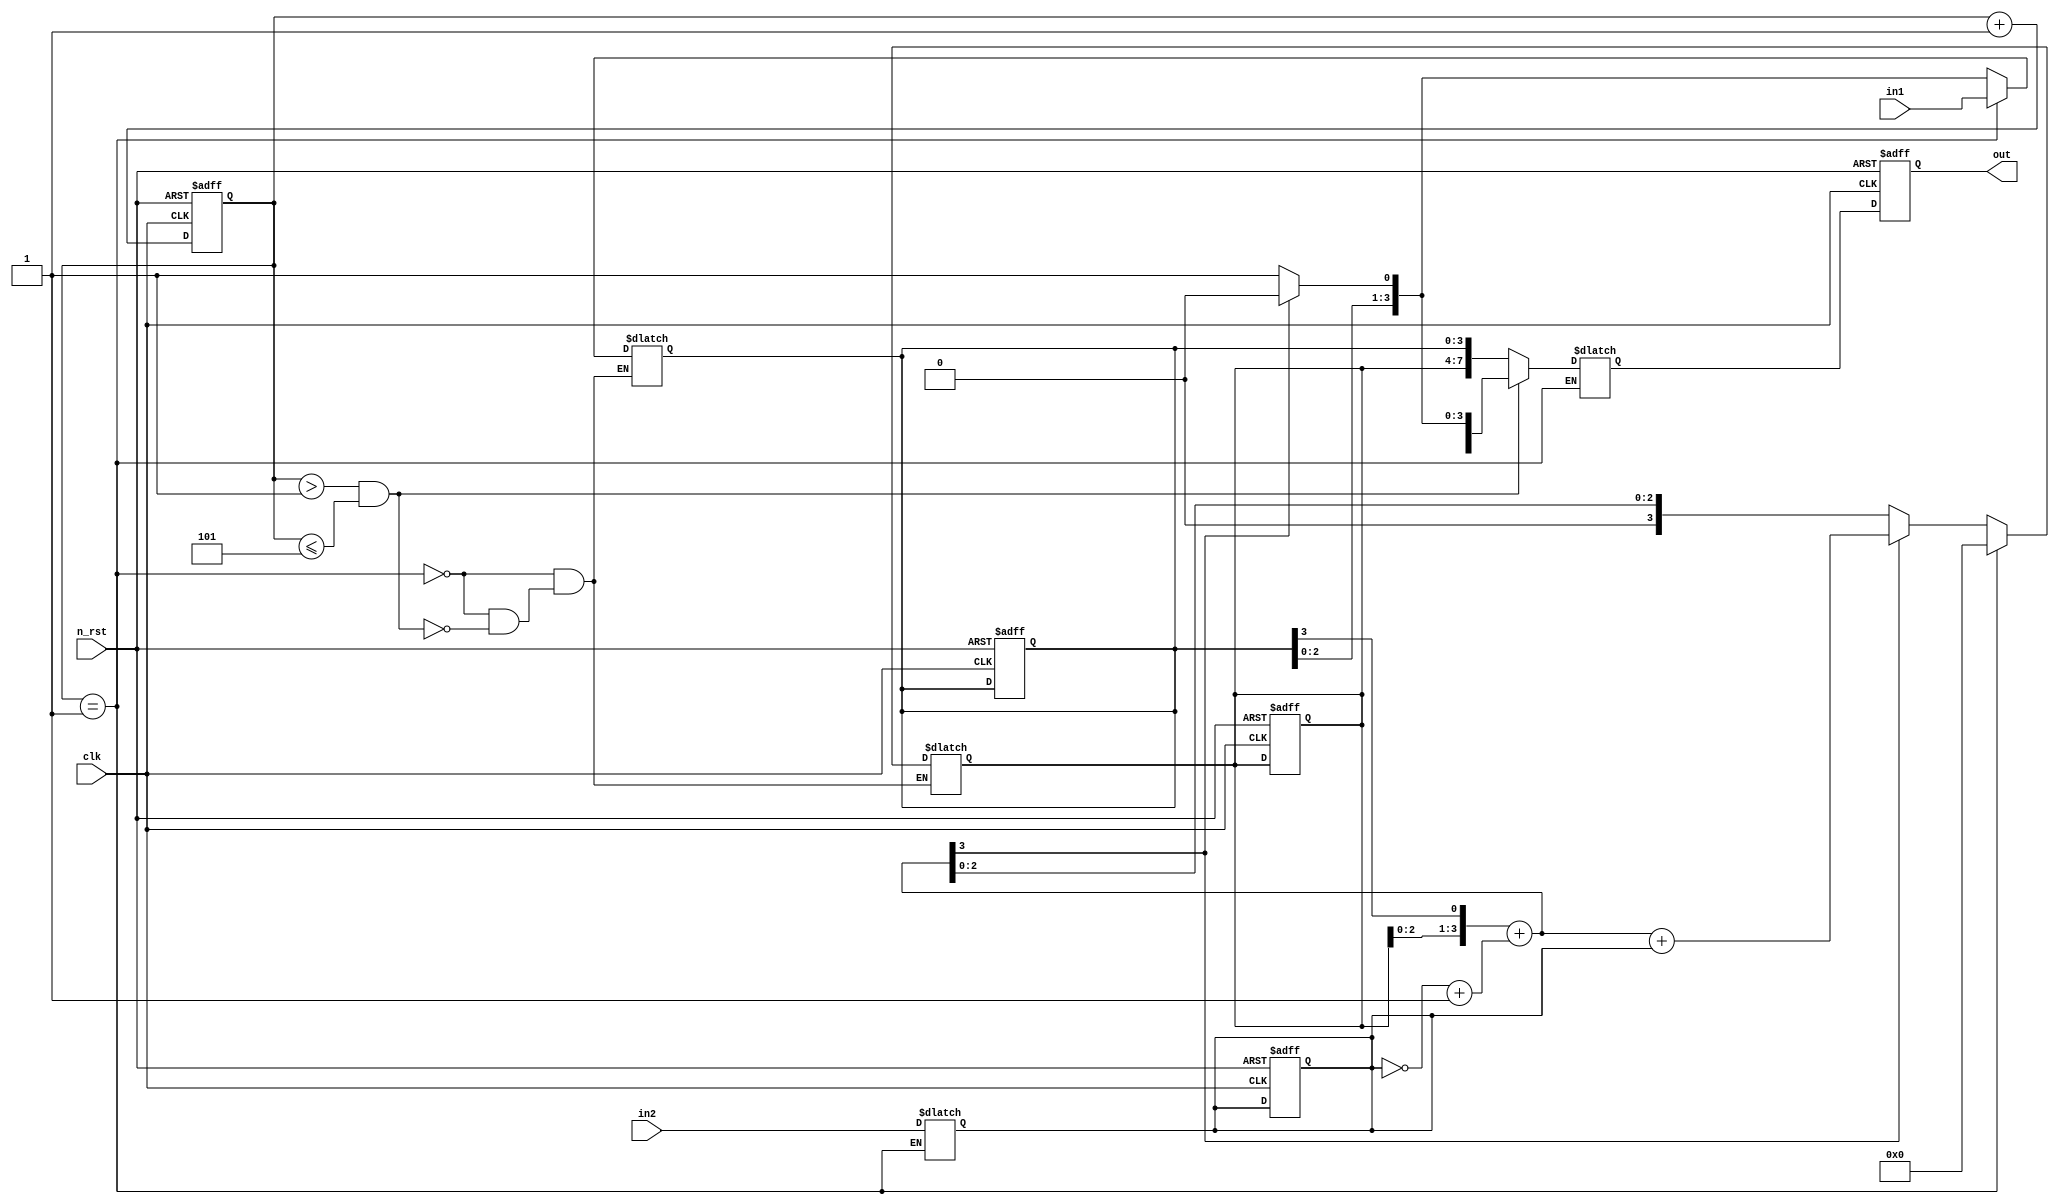
module booth_algorithm_dv(
    input clk,
    input n_rst,

    input [3:0] in1,
    input [3:0] in2,
    
    output reg [7:0] out
);

reg [3:0] count;
reg [3:0] A;
reg [3:0] Q;
reg [3:0] M;

reg [7:0] ret;  // result

always @(posedge clk or negedge n_rst) begin
    if (!n_rst) begin
        out     <=      8'b0;
        A       <=      4'b0;
        Q       <=      4'b0;
        M       <=      4'b0;
    end

    else begin  // n_rst == 1
        out     <=      ret;
    end
end


always @(posedge clk or negedge n_rst) begin
    if (!n_rst) begin
        count <= 4'b0;
    end 

    else begin // n_rst == 1
        count <= count + 4'b0001;
    end
end

always @(*) begin
    if (count == 4'b0001) begin
        A = 4'b0;
        Q = in1;
        M = in2;
    end

    else if ((count > 4'b0001) && (count <= 4'b0101)) begin
        {A, Q} = {A , Q} << 1;
        A = A + (~M + 4'b0001);

        // 5'b10000, 5'b100001, 5'b10010, 5'b10011, 5'b10100, 5'b10101, 5'b10110, 5'b10111, 5'b11000, ...
    
        // if ((A > 5'b11111) && (A < 4'b0000)) begin  // -15 < A < 0
        if (A[3] == 1'b1) begin
            Q[0] = 1'b0;
            A = A + M;
        end

        else begin 
            Q[0] = 1'b1;
        end

        ret = {A, Q};
    end
    
    else begin
        ret = {A, Q};
    end
end


endmodule




/*
module booth_algorithm_dv(
    input clk,
    input n_rst,

    input [3:0] in1,
    input [3:0] in2,
    
    output reg [7:0] out
);

reg [3:0] count;
reg [3:0] A;
reg [3:0] Q;
reg [3:0] M;


always @(posedge clk or negedge n_rst) begin
    if (!n_rst) begin
        out     <=      8'b0;
        A       <=      4'b0;
        Q       <=      4'b0;
        M       <=      4'b0;
    end

    else begin  // n_rst == 1
        out     <=      {A, Q};
    end
end

always @(posedge clk or negedge n_rst) begin
    if (!n_rst) begin
        count <= 4'b0;
    end 

    else begin // n_rst == 1
        count <= count + 4'b0001;
    end
end

always @(*) begin
    if (count == 4'b0001) begin
        A = 4'b0;
        Q = in1;
        M = in2;
    end

    else if ((count > 4'b0001) && (count <= 4'b0101)) begin
        {A, Q} = {A, Q} << 1;
        A = A + (~M + 4'b0001);
        
        
        if ((A == 4'b1111) || (A == 4'b1110) || (A == 4'b1100) || (A == 4'b1000)) begin
            Q[0] = 1'b0;
            A = A + M;
        end
        
        else begin // A == 0 or A > 0 
            Q[0] = 1'b1;
        end
        
    end

    else begin
        {A, Q} = {A, Q};
    end
end

assign out = {A, Q};

endmodule
*/




/*
module booth_algorithm_dv(
    input clk,
    input n_rst,

    input [3:0] in1,
    input [3:0] in2,
    
    output reg [7:0] out
);

reg [3:0] A;
reg [3:0] Q;
reg [3:0] M;
reg [3:0] M_tmp;
reg [7:0] tmp;

reg [3:0] count;

always @(posedge clk or negedge n_rst) begin
    if (!n_rst) begin
        out <= 8'b0;
    end

    else begin // n_rst == 1
        if (!count) begin
            out <= tmp;
        end

        else begin
            tmp <= tmp;
        end
    end
end


always @(*) begin
    if (count == 4'b0100) begin
        A = 4'b0;
        Q = in1;
        M = in2;
    end

    else if ((count < 4'b0100) && (count > 4'b0000)) begin
        tmp = {A, Q} << 1;
        M_tmp = ~M + 4'b0001;
        tmp = tmp [7:4] + M_tmp;

        if (tmp [7:4] < 4'b0000) begin
            Q[0] = 1'b0;
            tmp = tmp[7:4] + M;
            count = count + 4'b1111;
        end

        else begin  // tmp [7:4] >= 4'b0000
            Q[0] = 1'b1;
            count = count + 4'b1111;
        end
    end

end


endmodule
*/